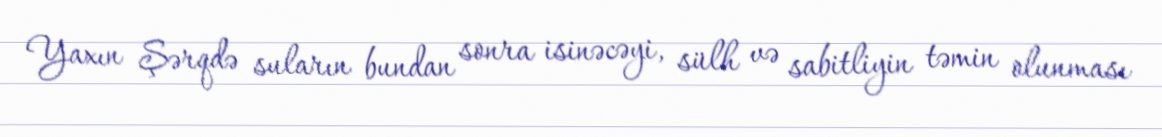
Yaxın Şərqdə suların bundan sonra isinəcəyi, sülh və sabitliyin təmin olunması